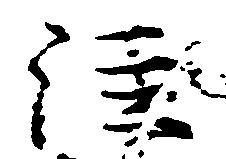
注